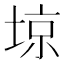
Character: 𡌿